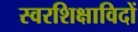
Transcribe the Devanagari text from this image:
स्वरशिक्षाविदों